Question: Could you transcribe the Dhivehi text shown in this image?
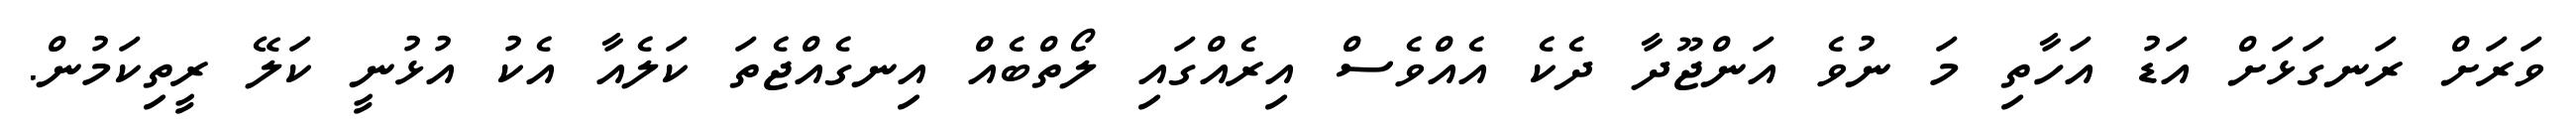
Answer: ވަރަށް ރަނގަޅަށް އަޑު އަހާތި މަ ނުވެ އަންޖޫދާ ދެކެ އެއްވެސް އިރެއްގައި ލޯތްބެއް އިނގެއްޖެތަ ކަލެއާ އެކު އުޅުނީ ކަލޭ ރީތިކަމުން.